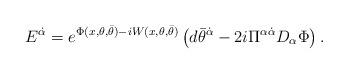
LaTeX: \begin{align*} {E}^{\dot{\alpha}}= e^{\Phi (x,\theta, \bar{\theta}) -i W (x,\theta, \bar{\theta})} \left( d\bar{\theta}^{\dot{\alpha}}- {2i} \Pi^{\alpha\dot{\alpha}}D_\alpha \Phi \right).\end{align*}